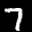
Digit: 7